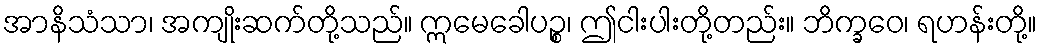
အာနိသံသာ၊ အကျိုးဆက်တို့သည်။ ဣမေခေါပဉ္စ၊ ဤငါးပါးတို့တည်း။ ဘိက္ခဝေ၊ ရဟန်းတို့။